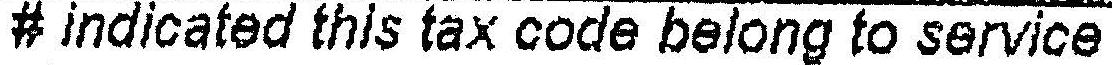
# INDICATED THIS TAX CODE BELONG TO SERVICE